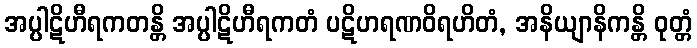
အပ္ပါဋိဟီရကတန္တိ အပ္ပါဋိဟီရကတံ ပဋိဟရဏဝိရဟိတံ, အနိယျာနိကန္တိ ဝုတ္တံ